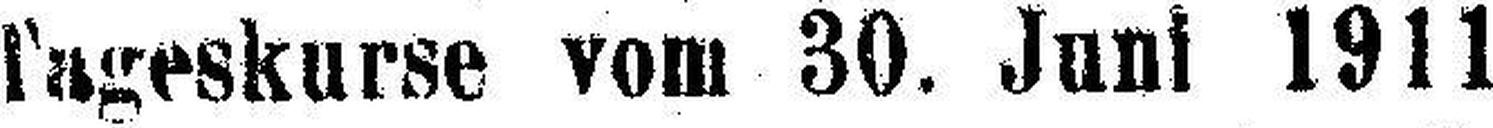
Tageskurse vom 30. Juni 1911